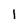
Character: 1